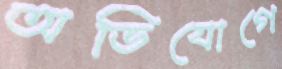
অভিযোগে